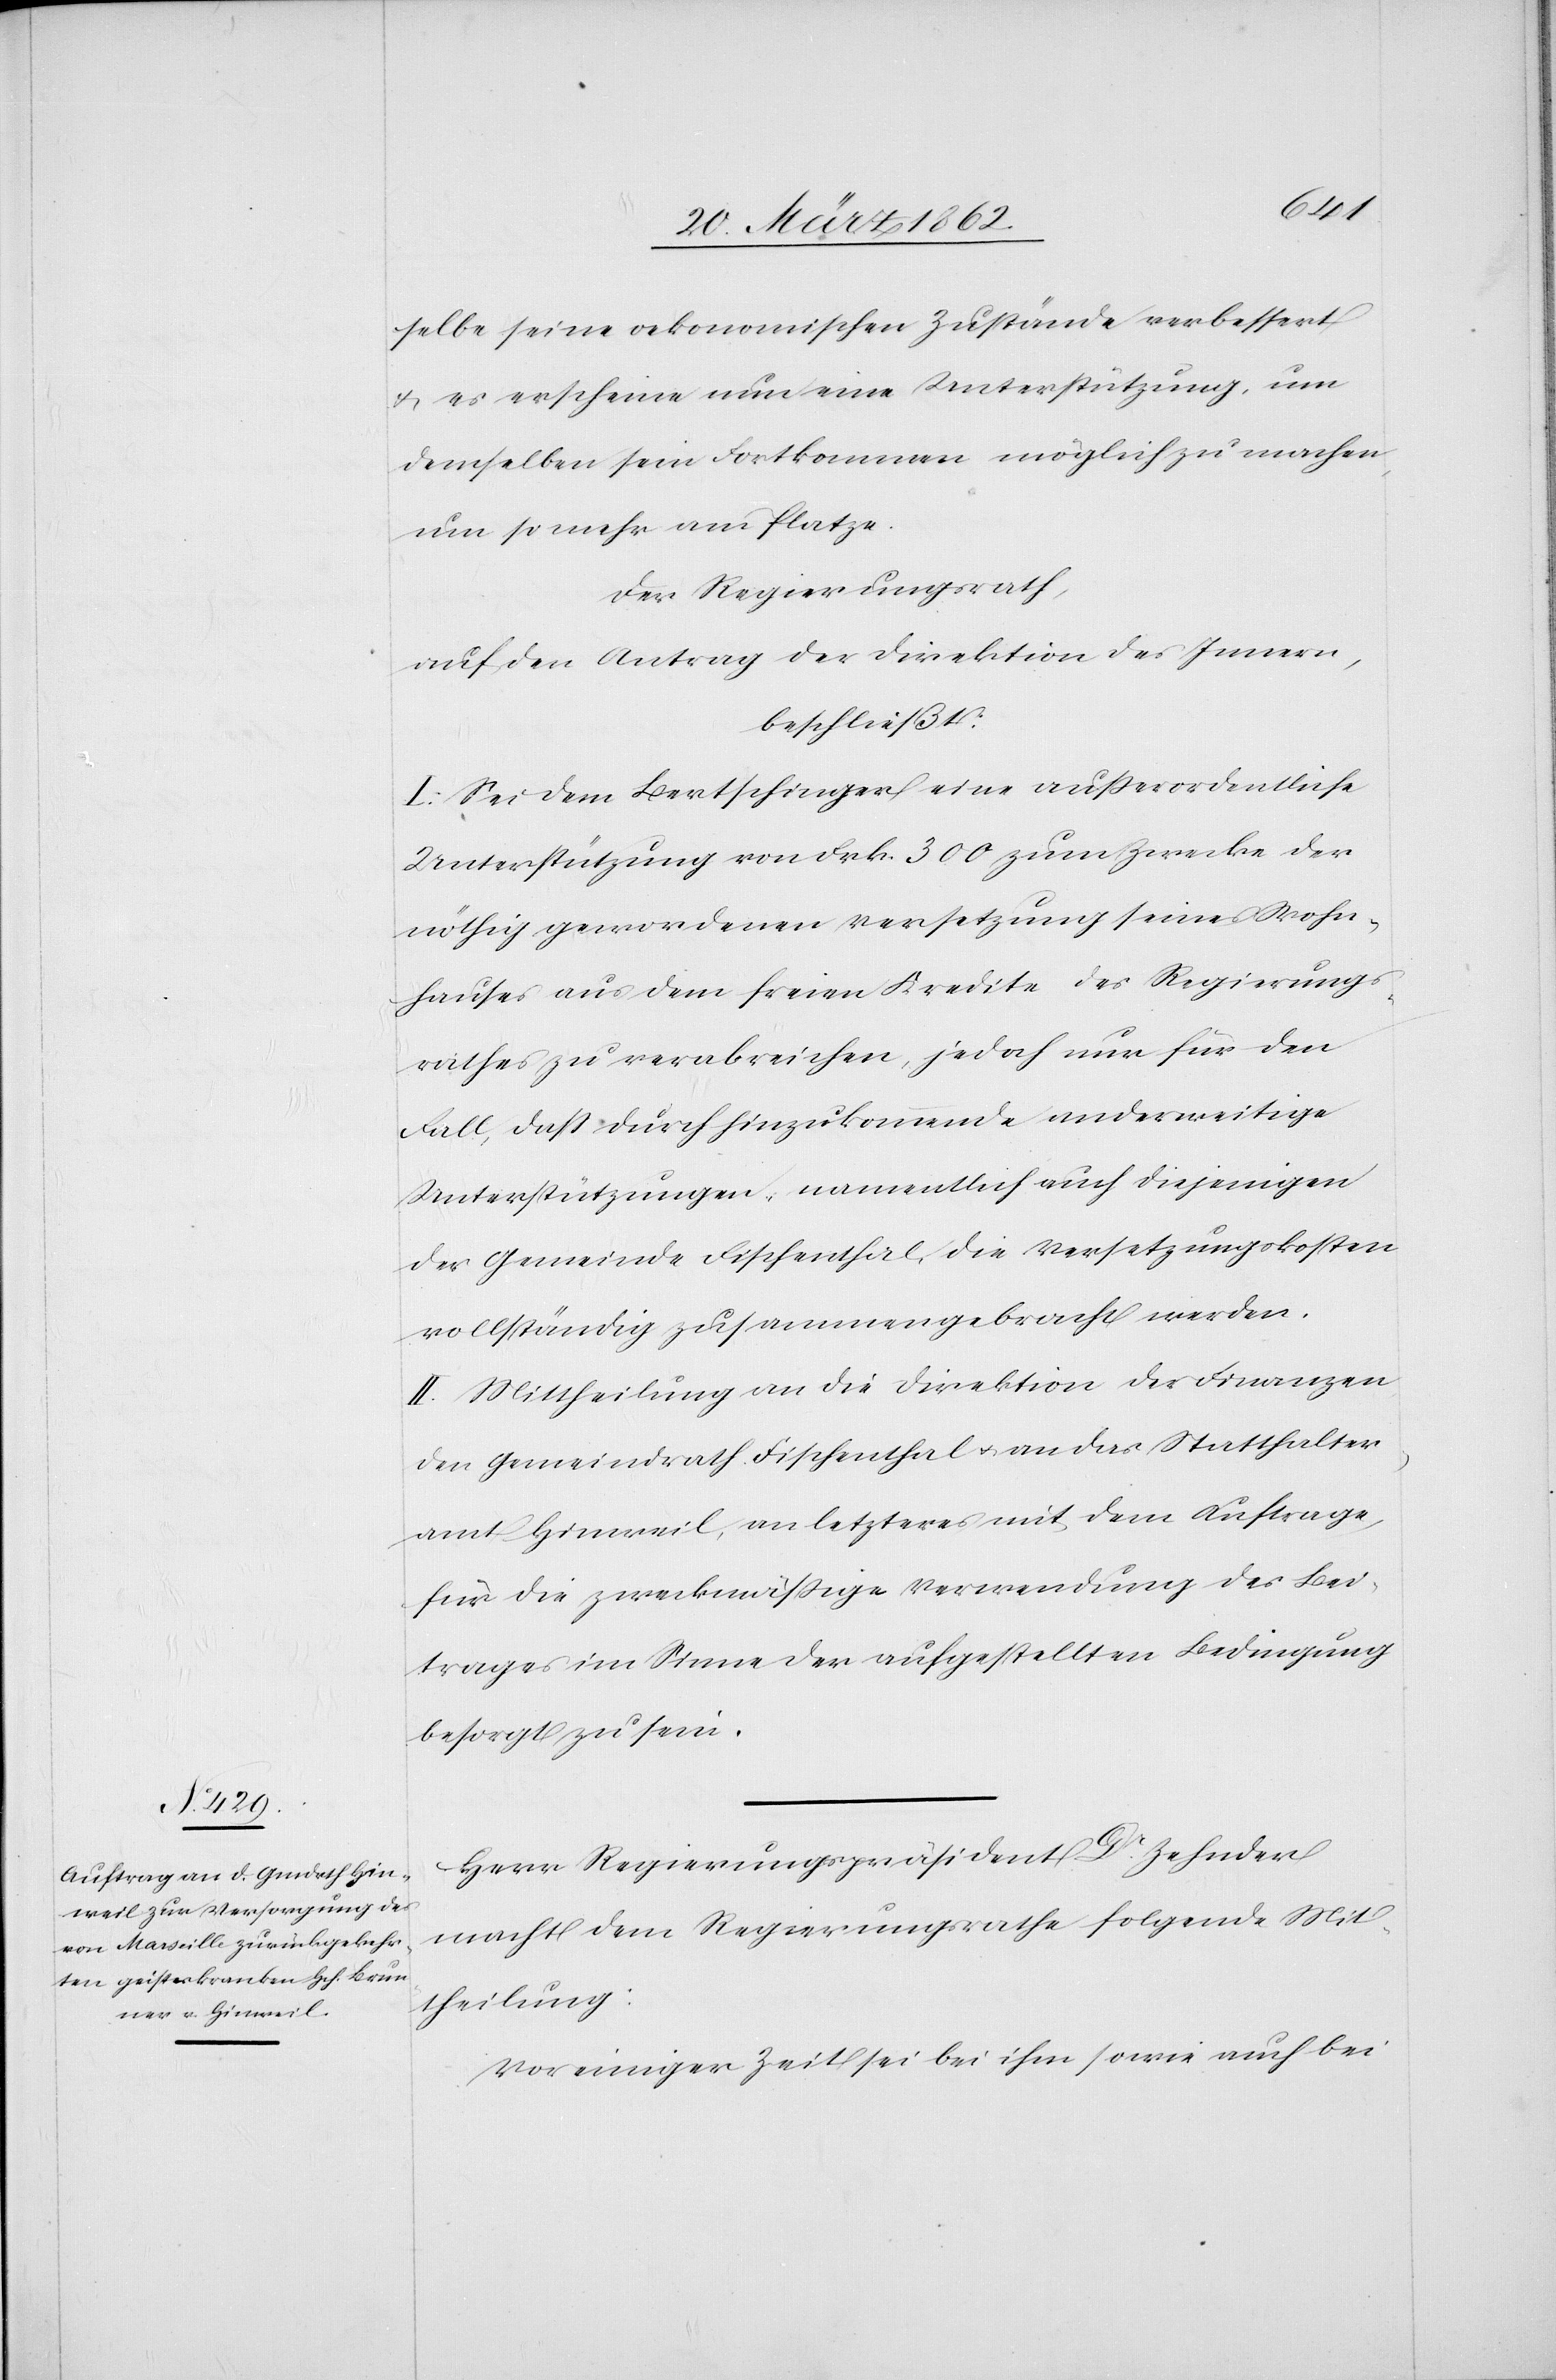
selbe seine oekonomischen Zustände verbessert
& es erscheine nun eine Unterstützung, um
demselben sein Fortkommen möglich zu machen,
um so mehr am Platze.
Der Regierungsrath,
auf den Antrag der Direktion des Innern,
beschließt:
I. Sei dem Bertschinger eine außerordentliche
Unterstützung von Frk. 300 zum Zwecke der
nöthig gewordenen Versetzung seines Wohn¬
hauses aus dem freien Kredite des Regierungs¬
rathes zu verabreichen, jedoch nur für den
Fall, daß durch hinzukommende anderweitige
Unterstützungen, namentlich auch diejenigen
der Gemeinde Fischenthal, die Versetzungskosten
vollständig zusammengebracht werden.
II. Mittheilung an die Direktion der Finanzen
den Gemeindrath Fischenthal u. an das Statthalter¬
amt Hinweil, an letzteres mit dem Auftrage,
für die zweckmäßige Verwendung des Bei¬
trages im Sinne der aufgestellten Bedingung
besorgt zu sein.
Herr Regierungspräsident Dr. Zehnder
macht dem Regierungsrathe folgende Mit¬
theilung:
Vor einiger Zeit sei bei ihm sowie auch bei